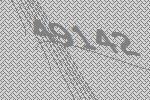
49142